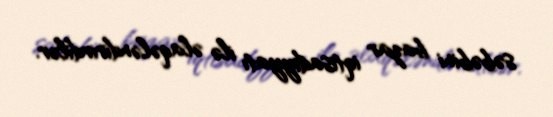
səbəbini bazar iqtisadiyyatı ilə əlaqələndirirdilər.